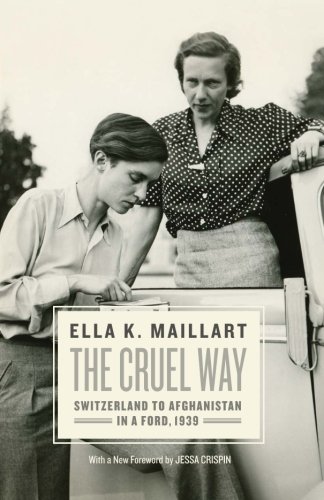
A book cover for The Cruel Way: Switzerland to Afghanistan in a Ford, 1939; Ella K. Maillart; Travel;